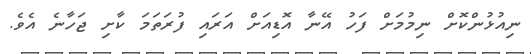
ނިއުޅުންކޮށް ނިމުމަށް ފަހު އޭނާ އޮޑިއަށް އަރައި ފުރަތަމަ ކާށި ޖަހާނެ އެވެ.